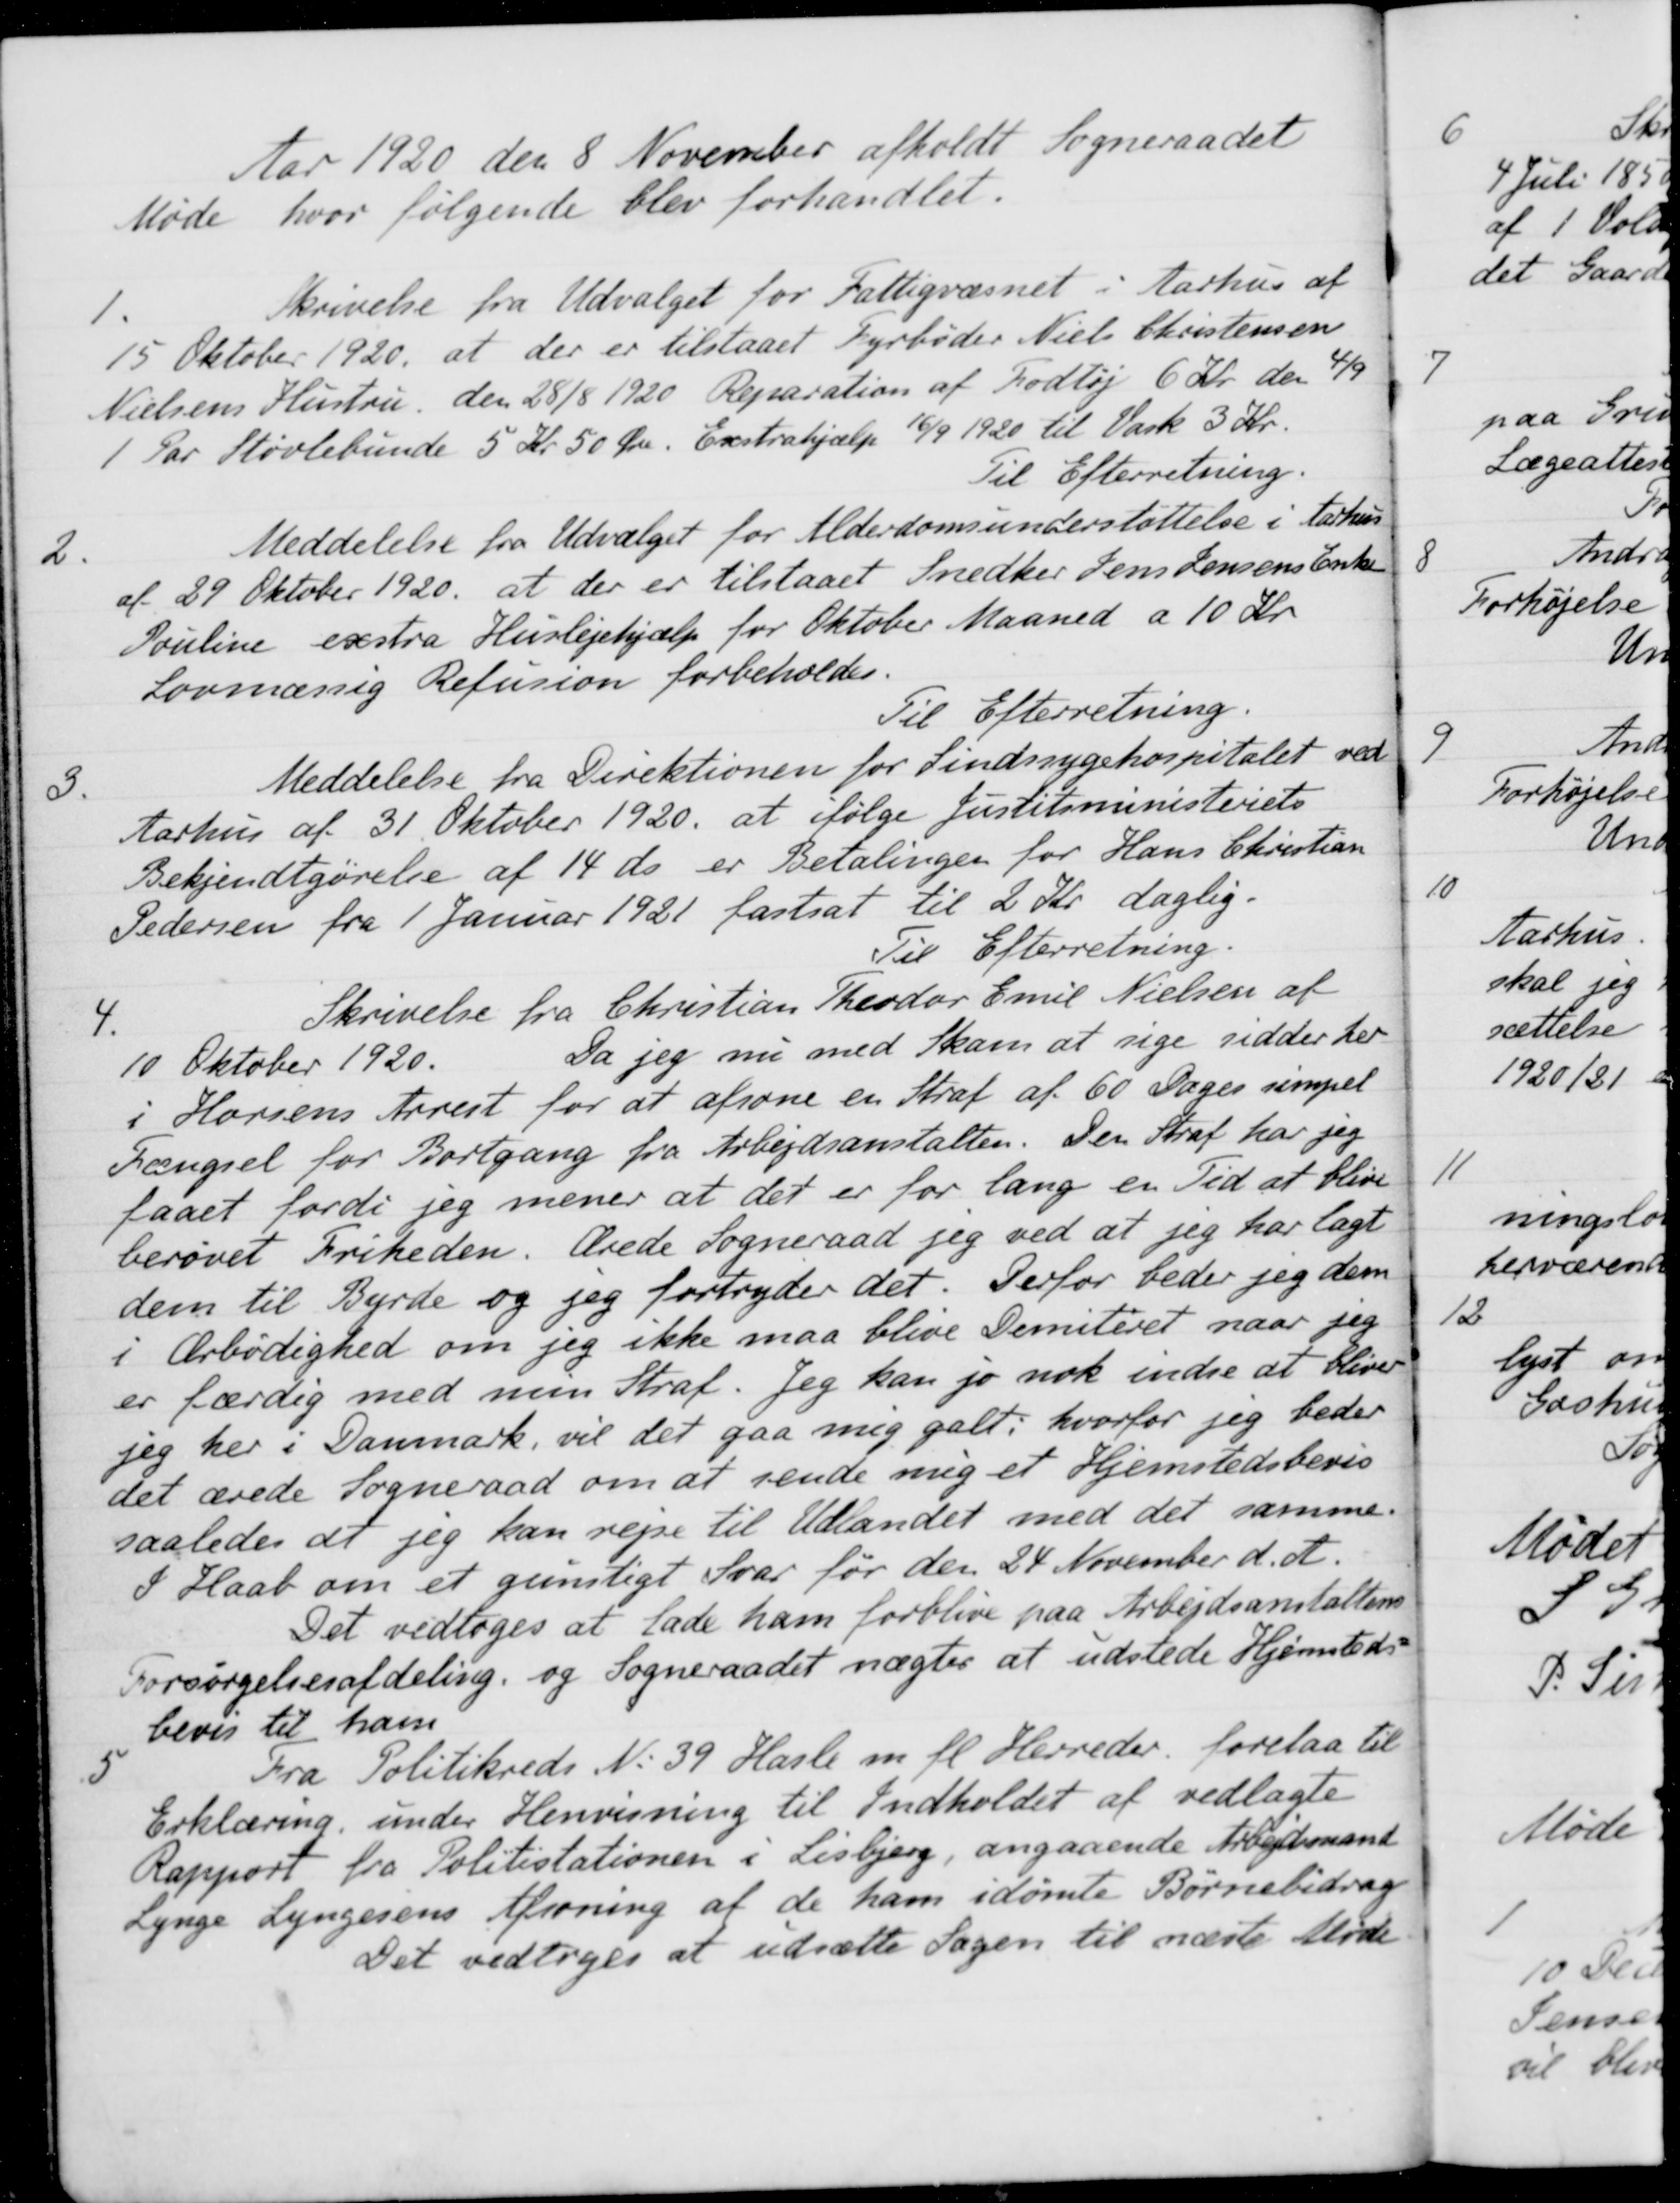
Transskription:
Aar 1920 den 8 November afholdt Sogneraadet
Møde hvor følgende blev forhandlet.
1
Skrivelse fra Udvalget for Fattigvæsnet i Aarhus af
15 Oktober 1920, at der er tilstaaet Fyrbøder Niels Christensen
Nielsens Hustru, den 28/8 1920. Reparation af Fodtøj 6 Kr. den 4/9
1 Par Støvlebunde 5 Kr 50 Øre. Exstrahjælp 16/9 1920 til Vask 3 Kr.
Til Efterretning.
2.
Meddelelse fra Udvalget for Alderdomsunderstøttelse i Aarhus
af 29 Oktober 1920, at der er tilstaaet Snedker Jens Jensens Enke
Pouline exstra Huslejehjælp for Oktober Maaned a 10 Kr.
Lovmæssig Refusion forbeholdes.
Til Efterretning.
3.
Meddelelse fra Direktionen for Sindssygehospitalet ved
Aarhus af 31 Oktober 1920, at ifølge Justitsministeriets
Bekjendtgørelse af 14 ds. er Betalingen for Hans Christian
Pedersen fra 1 Januar 1921 fastsat til 2 Kr. daglig.
Til Efterretning.
4.
Skrivelse fra Christian Theodor Emil Nielsen af
10 Oktober 1920. Da jeg nu med Skam at sige sidder her
i Horsens Arrest for at afsone en Straf af 60 Dages simpel
Fængsel for Bortgang fra Arbejdsanstalten. Den Straf har jeg
faaet fordi jeg mener at det er for lang en Tid at blive
berøvet Friheden. Ærede Sogneraad jeg ved at jeg har lagt
dem til Byrde og jeg fortryder det. Derfor beder jeg dem
i Ærbødighed om jeg ikke maa blive Demiteret naar jeg
er færdig med mun Straf. Jeg kan jo nok indse at bliver
jeg her i Danmark, vil det gaa mig galt; hvorfor jeg beder
det ærede Sogneraad om at sende mig et Hjemstedsbevis
saaledes at jeg kan rejse til Udlandet med det samme.
I Haab om et gunstigt Svar før den 24 November d. A.
Det vedtoges at lade ham forblive paa Arbejdsanstaltens
Forsørgelsesafdeling, og Sogneraadet nægter at udstede Hjemsteds-
bevis til ham
5
Fra Politikreds No 39 Hasle m. fl. Herreder, forelaa til
Erklæring under Henvisning til Indholdet af vedlagte
Rapport fra Politistationen i Lisbjerg, angaaende Arbejdsmand
Lynge Lyngesens Afsoning af de ham idømte Børnebidrag
Det vedtoges at udsætte Sagen til næste Møde